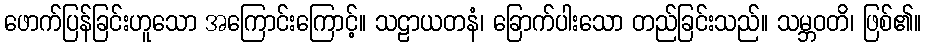
ဖောက်ပြန်ခြင်းဟူသော အကြောင်းကြောင့်။ သဠာယတနံ၊ ခြောက်ပါးသော တည်ခြင်းသည်။ သမ္ဘဝတိ၊ ဖြစ်၏။